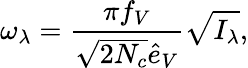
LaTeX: \omega_{\lambda}={\frac{\pi f_{V}}{\sqrt{2N_{c}}\hat{e}_{V}}}\sqrt{I_{\lambda}},